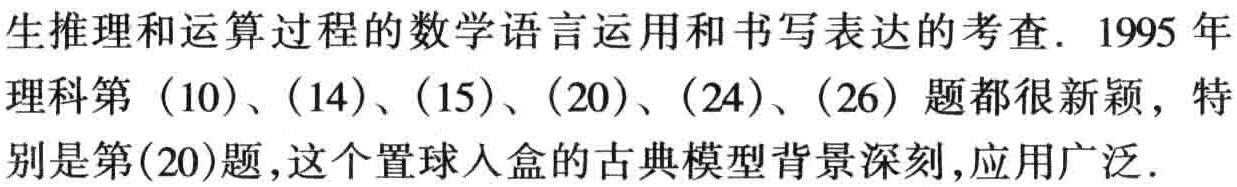
生推理和运算过程的数学语言运用和书写表达的考查. 1995 年

理科第（10）、（14）、（15）、（20）、（24）、（26）题都很新颖，特

别是第(20)题,这个置球入盒的古典模型背景深刻,应用广泛.